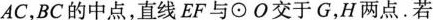
AC，BC的中点，直线EF与\odotO交于G，H两点。若